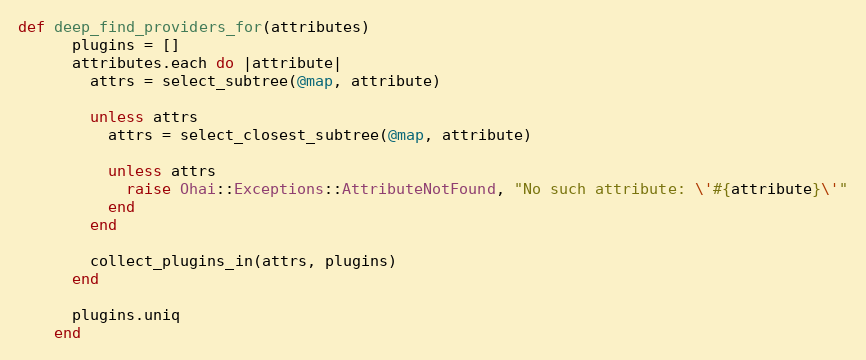
Language: Ruby
def deep_find_providers_for(attributes)
      plugins = []
      attributes.each do |attribute|
        attrs = select_subtree(@map, attribute)

        unless attrs
          attrs = select_closest_subtree(@map, attribute)

          unless attrs
            raise Ohai::Exceptions::AttributeNotFound, "No such attribute: \'#{attribute}\'"
          end
        end

        collect_plugins_in(attrs, plugins)
      end

      plugins.uniq
    end